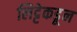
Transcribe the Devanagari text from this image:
लिट्टेकडून